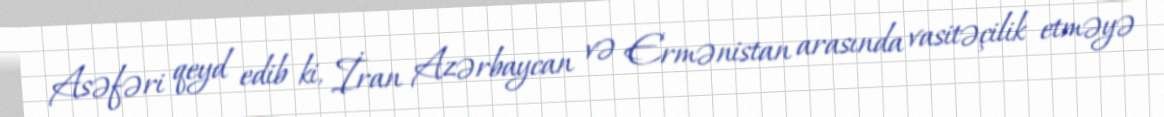
Asəfəri qeyd edib ki, İran Azərbaycan və Ermənistan arasında vasitəçilik etməyə